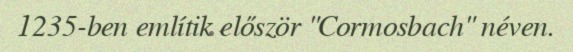
1235-ben említik először "Cormosbach" néven.